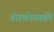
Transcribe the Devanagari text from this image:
बोरकोवस्की